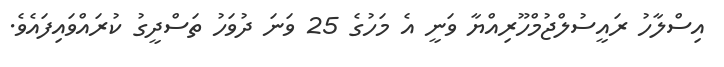
އިސްލާހު ރައީސުލްޖުމްހޫރިއްޔާ ވަނީ އެ މަހުގެ 25 ވަނަ ދުވަހު ތަސްދީގު ކުރައްވައިފައެވެ.